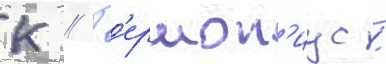
К // Г'ермон'иус /